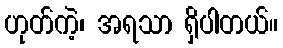
ဟုတ်ကဲ့၊ အရသာ ရှိပါတယ်။